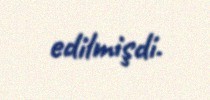
edilmişdi.